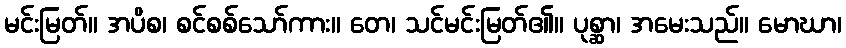
မင်းမြတ်။ အပိစ၊ စင်စစ်သော်ကား။ တေ၊ သင်မင်းမြတ်၏။ ပုစ္ဆာ၊ အမေးသည်။ မောဃာ၊